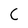
Character: C